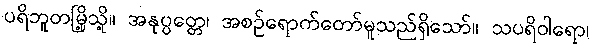
ပရိဘူတမြို့သို့။ အနုပ္ပတ္တေ၊ အစဉ်ရောက်တော်မူသည်ရှိသော်။ သပရိဝါရော၊